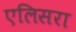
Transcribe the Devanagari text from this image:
एलिसरा